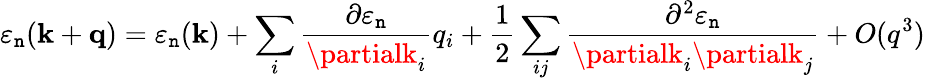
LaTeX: \varepsilon_{\mathtt{n}}(\mathbf{{k}}+\mathbf{{q}})=\varepsilon_{\mathtt{n}}(\mathbf{{k}})+\sum_{i}{\frac{{\partial\varepsilon_{\mathtt{n}}}}{{\partialk_{i}}}}q_{i}+{\frac{{1}}{{2}}}\sum_{ij}{\frac{{\partial^{2}\varepsilon_{\mathtt{n}}}}{{\partialk_{i}\partialk_{j}}}}+O(q^{3})